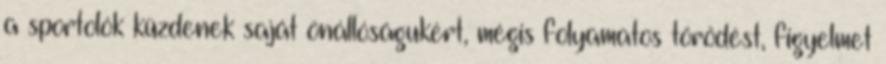
a sportolók küzdenek saját önállóságukért, mégis folyamatos törődést, figyelmet